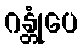
ဂန္တုံပေ